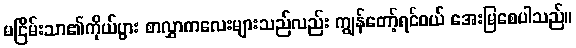
မငြိမ်းသာ၏ကိုယ်ပွား စာလွှာကလေးများသည်လည်း ကျွန်တော့်ရင်ဝယ် အေးမြစေပါသည်။